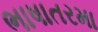
ભાષાતરમા